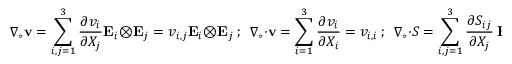
{ \boldsymbol { \nabla } } _ { \circ } \mathbf { v } = \sum _ { i , j = 1 } ^ { 3 } { \frac { \partial v _ { i } } { \partial X _ { j } } } \mathbf { E } _ { i } \otimes \mathbf { E } _ { j } = v _ { i , j } \mathbf { E } _ { i } \otimes \mathbf { E } _ { j } ~ ; ~ ~ { \boldsymbol { \nabla } } _ { \circ } \cdot \mathbf { v } = \sum _ { i = 1 } ^ { 3 } { \frac { \partial v _ { i } } { \partial X _ { i } } } = v _ { i , i } ~ ; ~ ~ { \boldsymbol { \nabla } } _ { \circ } \cdot { \boldsymbol { S } } = \sum _ { i , j = 1 } ^ { 3 } { \frac { \partial S _ { i j } } { \partial X _ { j } } } ~ \mathbf { E } _ { i } = S _ { i j , j } ~ \mathbf { E } _ { i }